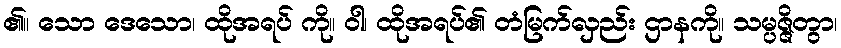
၏။ သော ဒေသော၊ ထိုအရပ် ကို။ ဝါ၊ ထိုအရပ်၏ တံမြက်လှည်း ဌာနကို။ သမ္ပဇ္ဇိတွာ၊